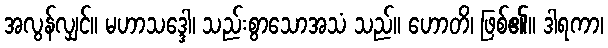
အလွန်လျှင်။ မဟာသဒ္ဒေါ၊ သည်းစွာသောအသံ သည်။ ဟောတိ၊ ဖြစ်၏။ ဒါရကာ၊